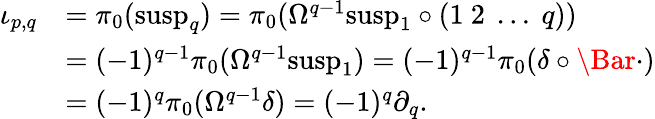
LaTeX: \begin{array}{rl}{\iota_{p,q}}&{=\pi_{0}(\mathrm{susp}_{q})=\pi_{0}(\Omega^{q-1}\mathrm{susp}_{1}\circ(1\ 2\ \dots\ q))}\\ &{=(-1)^{q-1}\pi_{0}(\Omega^{q-1}\mathrm{susp}_{1})=(-1)^{q-1}\pi_{0}(\delta\circ\Bar{\cdot})}\\ &{=(-1)^{q}\pi_{0}(\Omega^{q-1}\delta)=(-1)^{q}\partial_{q}.}\end{array}